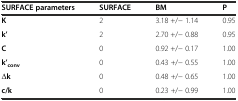
<table><thead><tr><td><b>SURFACE parameters</b></td><td><b>SURFACE</b></td><td><b>BM</b></td><td><b>P</b></td></tr></thead><tbody><tr><td><b>K</b></td><td>2</td><td>3.18 +/− 1.14</td><td>0.95</td></tr><tr><td><b>k’</b></td><td>2</td><td>2.70 +/− 0.88</td><td>0.95</td></tr><tr><td><b>C</b></td><td>0</td><td>0.92 +/− 0.17</td><td>1.00</td></tr><tr><td><b>k’</b><sub><b>conv</b></sub></td><td>0</td><td>0.43 +/− 0.55</td><td>1.00</td></tr><tr><td>Δ<b>k</b></td><td>0</td><td>0.48 +/− 0.65</td><td>1.00</td></tr><tr><td><b>c/k</b></td><td>0</td><td>0.23 +/− 0.99</td><td>1.00</td></tr></tbody></table>